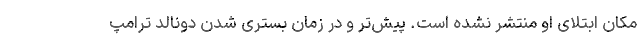
مکان ابتلای او منتشر نشده است. پیش‌تر و در زمان بستری شدن دونالد ترامپ